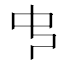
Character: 𠁧